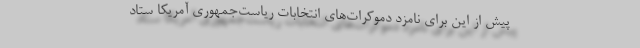
پیش از این برای نامزد دموکرات‌های انتخابات ریاست‌جمهوری آمریکا ستاد